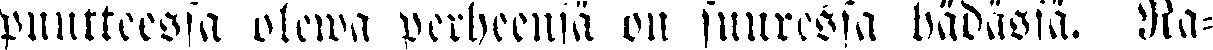
puutteessa olewa perheensä on suuressa hädässä. Ra-